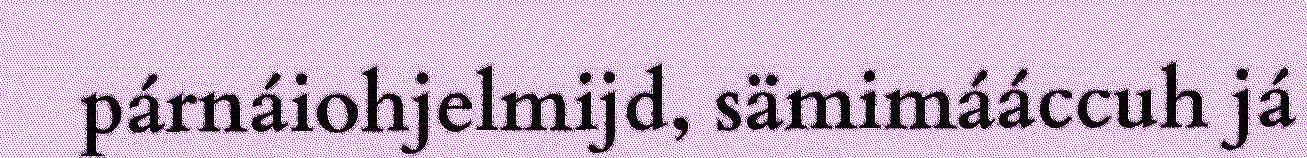
párnáiohjelmijd, sämimááccuh já